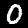
Digit: 0